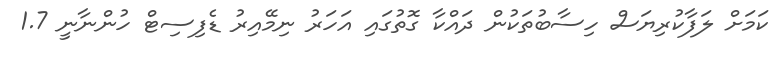
ކަމަށް ލަފާކުރިޔަސް ހިސާބުތަކުން ދައްކާ ގޮތުގައި އަހަރު ނިމޭއިރު ޑެފިސިޓް ހުންނާނީ 1.7